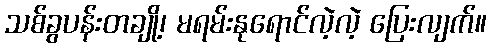
သစ်ခွပန်းတချို့၊ မရမ်းနုရောင်လဲ့လဲ့ ပြေးလျက်။